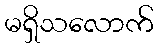
မရှိသလောက်